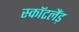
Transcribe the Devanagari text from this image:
स्कॉटलैंड़